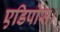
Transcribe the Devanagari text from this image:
एडिपोस।